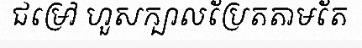
ជម្រៅ ហួសក្បាលប្រែតតាមតែ